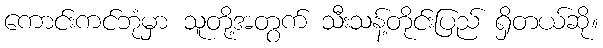
ကောင်းကင်ဘုံမှာ သူတို့အတွက် သီးသန့်တိုင်းပြည် ရှိတယ်ဆို။